Problem: 36 + 25 = ?
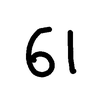
Handwritten answer: 61